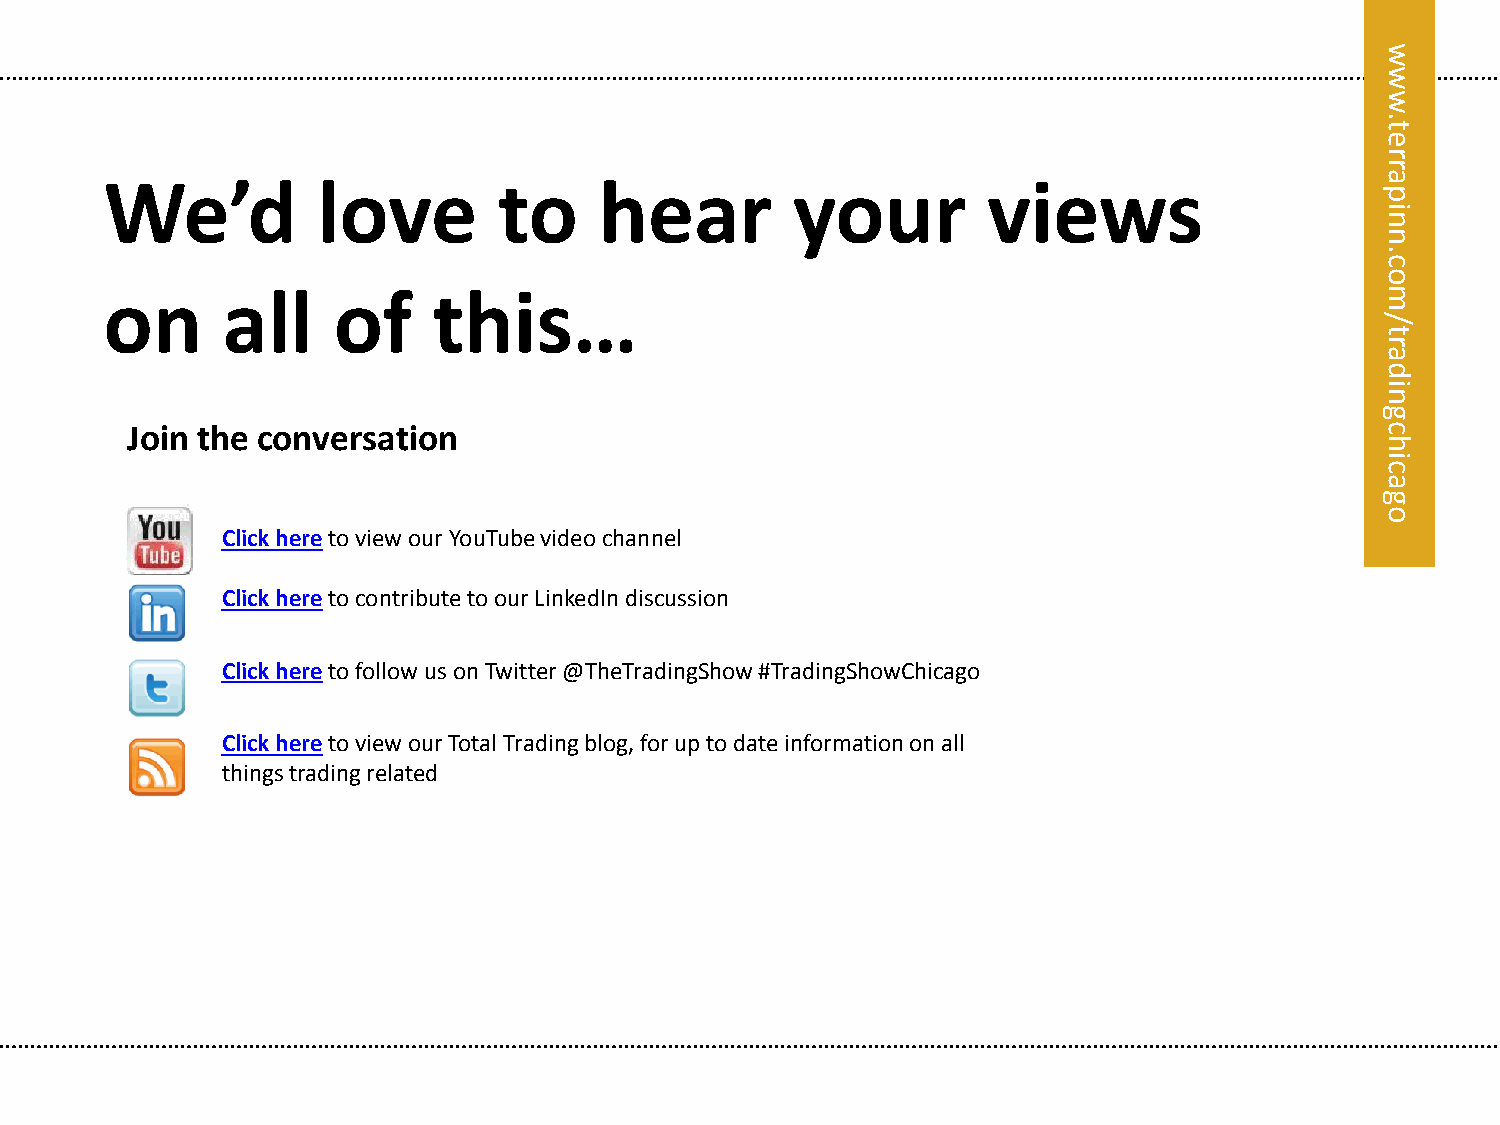
w
 w
 w
 .
 t
 e
 r
 r
 We’d          love        to     hear        your         views
 eta
 rrp
 pa ni
 ni
 n
 n.
 c.c
 oo
 on      all    of     this…                                                         m m
 /
 ol/
 yt
 ar
 tla
 ayd
 si
 ain
 g
 Join the conversation                                                              c
 h
 i
 c
 a
 g
 o
 Click here to view our YouTube video channel
 Click here to contribute to our LinkedIn discussion
 Click here to follow us on Twitter @TheTradingShow #TradingShowChicago
 Click here to view our Total Trading blog, for up to date information on all
 things trading related